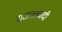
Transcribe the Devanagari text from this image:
राजतंत्रवादी